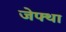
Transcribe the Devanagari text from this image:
जेफ्था